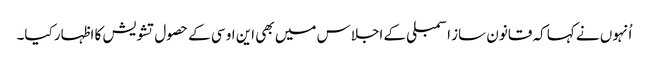
اُنہوں نے کہا کہ قانون ساز اسمبلی کے اجلاس میں بھی این او سی کے حصول تشویش کا اظہار کیا۔